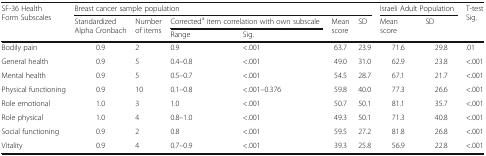
<table><thead><tr><td rowspan="3"><b>SF-36 Health Form Subscales</b></td><td colspan="6"><b>Breast cancer sample population</b></td><td colspan="2"><b>Israeli Adult Population</b></td><td rowspan="3"><b>T-test Sig.</b></td></tr><tr><td rowspan="2"><b>Standardized Alpha Cronbach</b></td><td rowspan="2"><b>Number of items</b></td><td colspan="2"><b>Corrected<sup>a</sup> item correlation with own subscale</b></td><td rowspan="2"><b>Mean score</b></td><td rowspan="2"><b>SD</b></td><td rowspan="2"><b>Mean score</b></td><td rowspan="2"><b>SD</b></td></tr><tr><td><b>Range</b></td><td><b>Sig.</b></td></tr></thead><tbody><tr><td>Bodily pain</td><td>0.9</td><td>2</td><td>0.9</td><td>&lt;.001</td><td>63.7</td><td>23.9</td><td>71.6</td><td>29.8</td><td>.01</td></tr><tr><td>General health</td><td>0.9</td><td>5</td><td>0.4–0.8</td><td>&lt;.001</td><td>49.0</td><td>31.0</td><td>62.9</td><td>23.8</td><td>&lt;.001</td></tr><tr><td>Mental health</td><td>0.9</td><td>5</td><td>0.5–0.7</td><td>&lt;.001</td><td>54.5</td><td>28.7</td><td>67.1</td><td>21.7</td><td>&lt;.001</td></tr><tr><td>Physical functioning</td><td>0.9</td><td>10</td><td>0.1–0.8</td><td>&lt;.001–0.376</td><td>59.8</td><td>40.0</td><td>77.3</td><td>26.6</td><td>&lt;.001</td></tr><tr><td>Role emotional</td><td>1.0</td><td>3</td><td>1.0</td><td>&lt;.001</td><td>50.7</td><td>50.1</td><td>81.1</td><td>35.7</td><td>&lt;.001</td></tr><tr><td>Role physical</td><td>1.0</td><td>4</td><td>0.8–1.0</td><td>&lt;.001</td><td>49.3</td><td>50.1</td><td>71.3</td><td>40.8</td><td>&lt;.001</td></tr><tr><td>Social functioning</td><td>0.9</td><td>2</td><td>0.8</td><td>&lt;.001</td><td>59.5</td><td>27.2</td><td>81.8</td><td>26.8</td><td>&lt;.001</td></tr><tr><td>Vitality</td><td>0.9</td><td>4</td><td>0.7–0.9</td><td>&lt;.001</td><td>39.3</td><td>25.8</td><td>56.9</td><td>22.8</td><td>&lt;.001</td></tr></tbody></table>